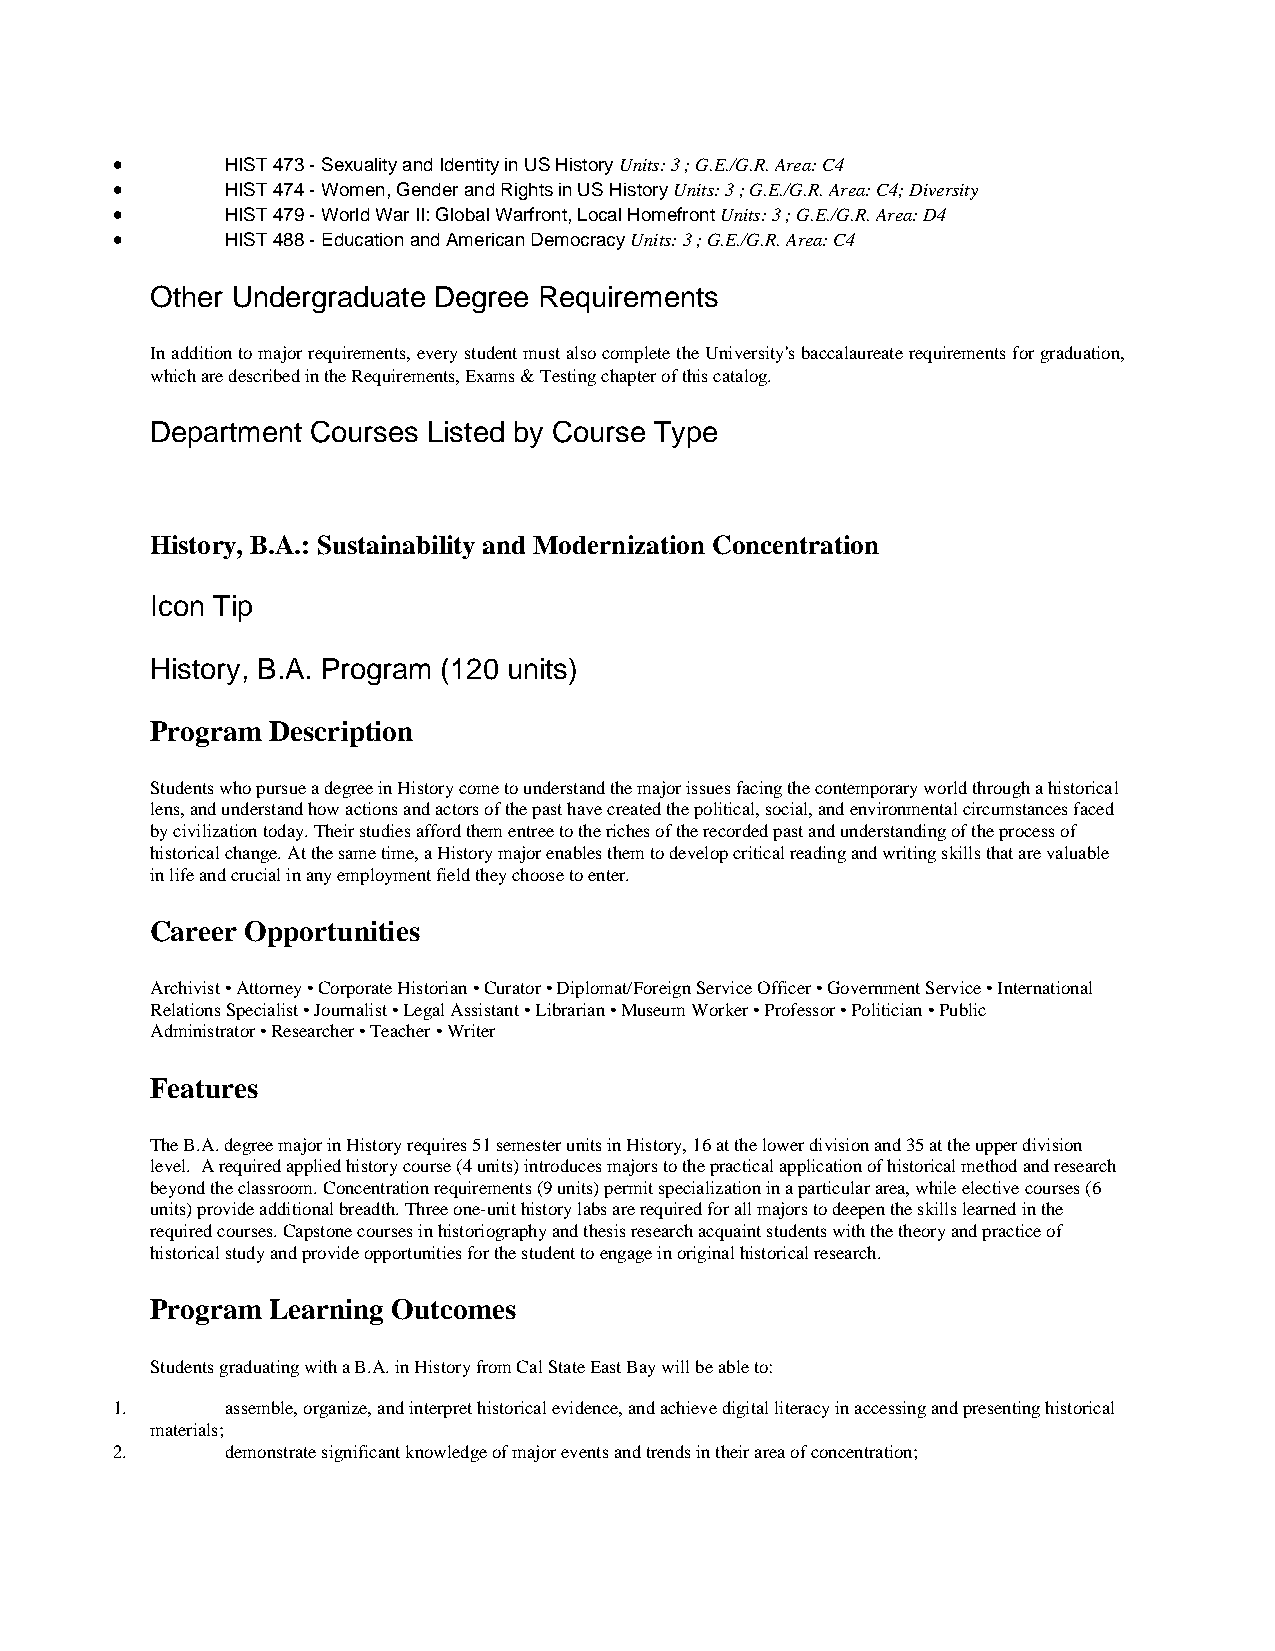
•       HIST 473 - Sexuality and Identity in US History Units: 3 ; G.E./G.R. Area: C4
 •       HIST 474 - Women, Gender and Rights in US History Units: 3 ; G.E./G.R. Area: C4; Diversity
 •       HIST 479 - World War II: Global Warfront, Local Homefront Units: 3 ; G.E./G.R. Area: D4
 •       HIST 488 - Education and American Democracy Units: 3 ; G.E./G.R. Area: C4
 Other Undergraduate Degree Requirements
 In addition to major requirements, every student must also complete the University's baccalaureate requirements for graduation,
 which are described in the Requirements, Exams & Testing chapter of this catalog.
 Department Courses Listed by Course Type
 History, B.A.: Sustainability and Modernization Concentration
 Icon Tip
 History, B.A. Program (120 units)
 Program Description
 Students who pursue a degree in History come to understand the major issues facing the contemporary world through a historical
 lens, and understand how actions and actors of the past have created the political, social, and environmental circumstances faced
 by civilization today. Their studies afford them entree to the riches of the recorded past and understanding of the process of
 historical change. At the same time, a History major enables them to develop critical reading and writing skills that are valuable
 in life and crucial in any employment field they choose to enter.
 Career Opportunities
 Archivist • Attorney • Corporate Historian • Curator • Diplomat/Foreign Service Officer • Government Service • International
 Relations Specialist • Journalist • Legal Assistant • Librarian • Museum Worker • Professor • Politician • Public
 Administrator • Researcher • Teacher • Writer
 Features
 The B.A. degree major in History requires 51 semester units in History, 16 at the lower division and 35 at the upper division
 level. A required applied history course (4 units) introduces majors to the practical application of historical method and research
 beyond the classroom. Concentration requirements (9 units) permit specialization in a particular area, while elective courses (6
 units) provide additional breadth. Three one-unit history labs are required for all majors to deepen the skills learned in the
 required courses. Capstone courses in historiography and thesis research acquaint students with the theory and practice of
 historical study and provide opportunities for the student to engage in original historical research.
 Program Learning Outcomes
 Students graduating with a B.A. in History from Cal State East Bay will be able to:
 1.      assemble, organize, and interpret historical evidence, and achieve digital literacy in accessing and presenting historical
 materials;
 2.      demonstrate significant knowledge of major events and trends in their area of concentration;